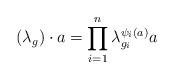
LaTeX: \begin{align*}(\lambda_g)\cdot a = \prod_{i=1}^n \lambda_{g_i}^{\psi_i(a)}a\end{align*}